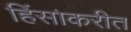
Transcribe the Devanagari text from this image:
हिंसाकरीत